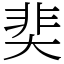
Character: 奜